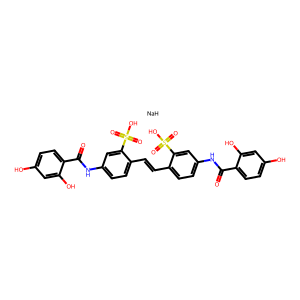
SMILES: O=C(Nc1ccc(C=Cc2ccc(NC(=O)c3ccc(O)cc3O)cc2S(=O)(=O)O)c(S(=O)(=O)O)c1)c1ccc(O)cc1O.[NaH]
Inhibits HIV replication: No